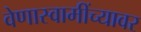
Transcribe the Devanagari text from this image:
वेणास्वामींच्यावर